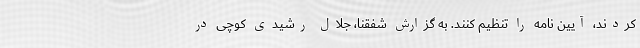
کردند، آیین نامه را تنظیم کنند. به گزارش شفقنا، جلال رشیدی کوچی در